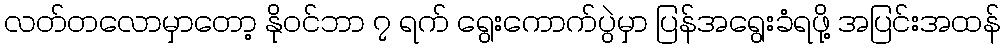
လတ်တလောမှာတော့ နိုဝင်ဘာ ၇ ရက် ရွေးကောက်ပွဲမှာ ပြန်အရွေးခံရဖို့ အပြင်းအထန်